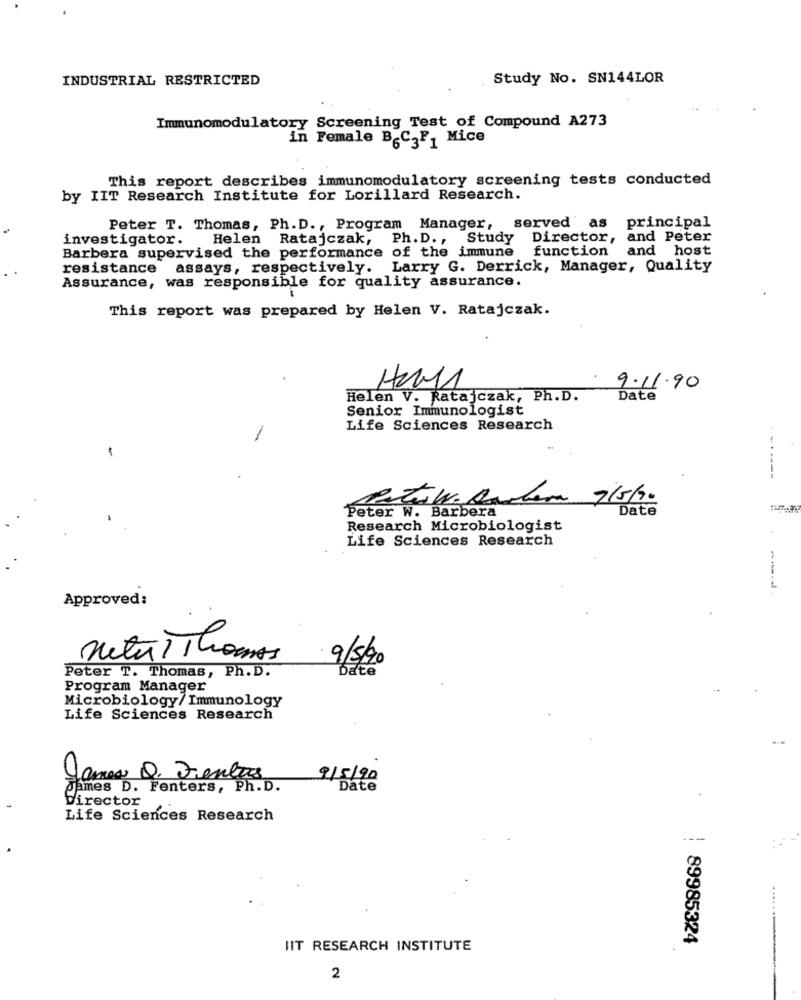
INDUSTRIAL RESTRICTED
Study No. SN144LOR
Immunomodulatory Screening Test of Compound A273
in Female B-C,F, Mice
This report describes immunomodulatory screening tests conducted
by IIT Research Institute for Lorillard Research.
Peter T. Thomas, Ph. D ., Program Manager,
served as
principal
investigator.
Helen
Ratajczak, Ph. D ., Study
Director,
and Peter
Barbera supervised the performance of the immune
function and host
resistance assays, respectively. Larry G. Derrick, Manager, Quality
Assurance, was responsible for quality assurance.
This report was prepared by Helen V. Ratajczak.
9.11.90
Helen V. Ratajczak, Ph.D.
Date
Senior Immunologist
Life Sciences Research
-
Partes W. Barbara 7/5/70
Peter W. Barbera
Date
Research Microbiologist
Life Sciences Research
Approved:
netus Thomas
9/5/90
Date
Peter T. Thomas, Ph. D.
Program Manager
Microbiology/Immunology
Life Sciences Research
James Q. Jentas
9/5/90
james D. Fenters, Ph.D.
Date
director
Life Sciences Research
---
89985324
IIT RESEARCH INSTITUTE
2